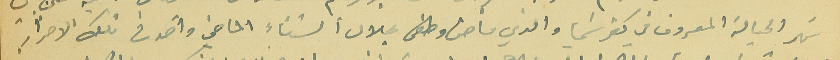
نهر الحيالة المعروف فىي كفرشيما والذي فاض وطفى بخلال الشتاء الماضي واخذ فى تلك الاضرار